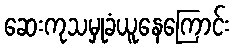
ဆေးကုသမှုခံယူနေကြောင်း